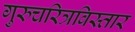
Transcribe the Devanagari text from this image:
गुरुचरित्रविस्तार